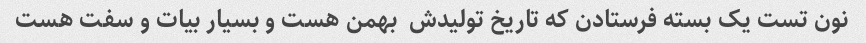
نون تست یک بسته فرستادن که تاریخ تولیدش  بهمن هست و بسیار بیات و سفت هست